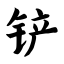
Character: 铲